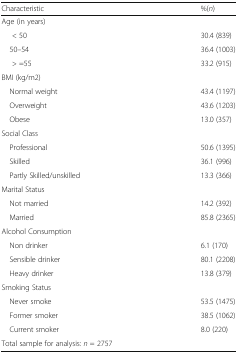
<table><thead><tr><td><b>Characteristic</b></td><td><b>%(<i>n</i>)</b></td></tr></thead><tbody><tr><td colspan="2">Age (in years)</td></tr><tr><td>&lt; 50</td><td>30.4 (839)</td></tr><tr><td> 50–54</td><td>36.4 (1003)</td></tr><tr><td>&gt; =55</td><td>33.2 (915)</td></tr><tr><td colspan="2">BMI (kg/m2)</td></tr><tr><td> Normal weight</td><td>43.4 (1197)</td></tr><tr><td> Overweight</td><td>43.6 (1203)</td></tr><tr><td> Obese</td><td>13.0 (357)</td></tr><tr><td colspan="2">Social Class</td></tr><tr><td> Professional</td><td>50.6 (1395)</td></tr><tr><td> Skilled</td><td>36.1 (996)</td></tr><tr><td> Partly Skilled/unskilled</td><td>13.3 (366)</td></tr><tr><td colspan="2">Marital Status</td></tr><tr><td> Not married</td><td>14.2 (392)</td></tr><tr><td> Married</td><td>85.8 (2365)</td></tr><tr><td colspan="2">Alcohol Consumption</td></tr><tr><td> Non drinker</td><td>6.1 (170)</td></tr><tr><td> Sensible drinker</td><td>80.1 (2208)</td></tr><tr><td> Heavy drinker</td><td>13.8 (379)</td></tr><tr><td colspan="2">Smoking Status</td></tr><tr><td> Never smoke</td><td>53.5 (1475)</td></tr><tr><td> Former smoker</td><td>38.5 (1062)</td></tr><tr><td> Current smoker</td><td>8.0 (220)</td></tr><tr><td colspan="2">Total sample for analysis: <i>n</i> = 2757</td></tr></tbody></table>